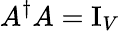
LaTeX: A^{\dagger}A=\operatorname{I}_{V}